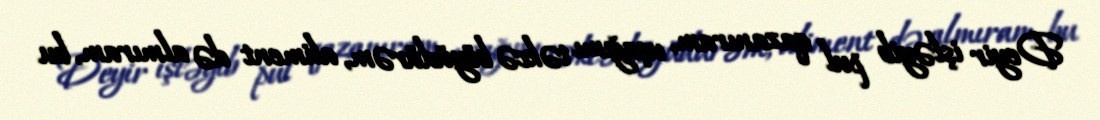
Deyir işləyib pul qazanıram, uşağımı təkcə böyüdürəm, aliment də almıram, bu